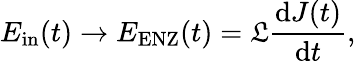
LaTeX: E_{\mathrm{in}}(t)\to E_{\mathrm{ENZ}}(t)=\mathfrak{L}\frac{\mathrm{d}J(t)}{\mathrm{d}t},